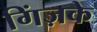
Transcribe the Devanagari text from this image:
गिंज़के